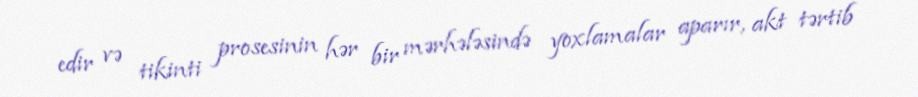
edir və tikinti prosesinin hər bir mərhələsində yoxlamalar aparır, akt tərtib